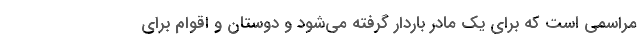
مراسمی است که برای یک مادر باردار گرفته می‌شود و دوستان و اقوام برای